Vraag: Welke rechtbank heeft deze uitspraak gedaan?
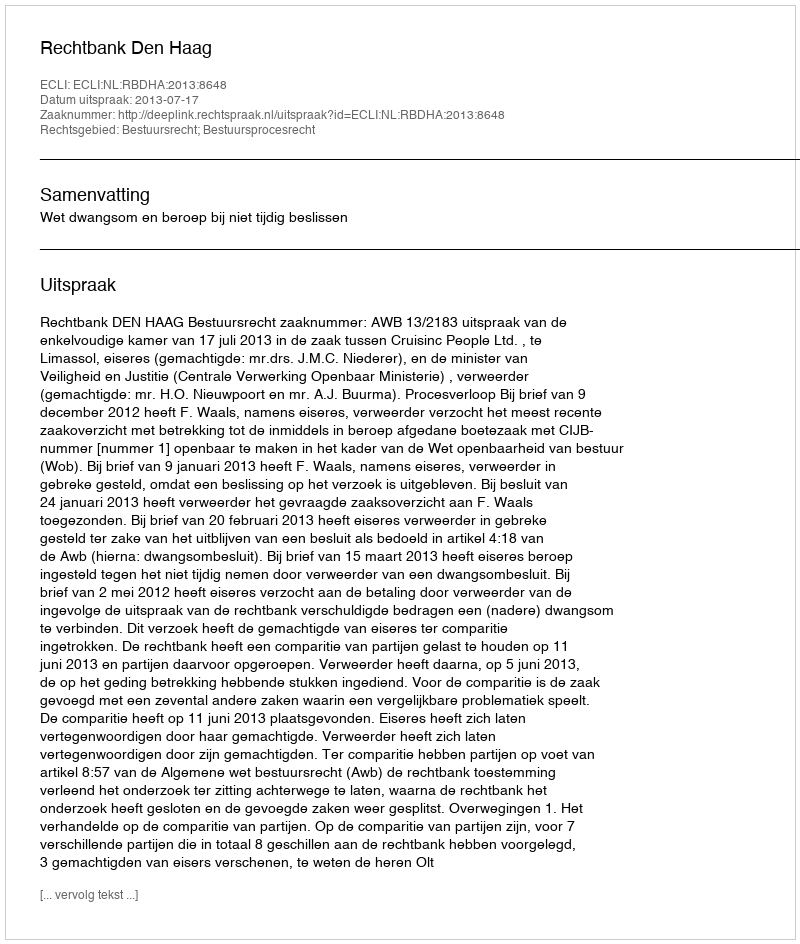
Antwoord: Rechtbank Den Haag